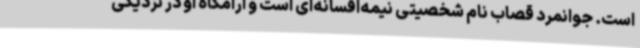
است. جوانمرد قصاب نام شخصیتی نیمه‌افسانه‌ای است و آرامگاه او در نزدیکی